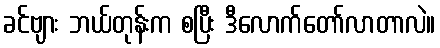
ခင်ဗျား ဘယ်တုန်းက စပြီး ဒီလောက်တော်လာတာလဲ။